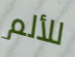
للألم